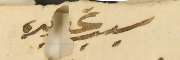
سبب تحريره